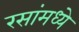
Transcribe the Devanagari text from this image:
रसांमध्ये